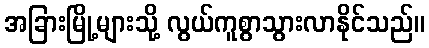
အခြားမြို့များသို့ လွယ်ကူစွာသွားလာနိုင်သည်။